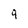
Character: 9